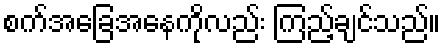
စက်အခြေအနေကိုလည်း ကြည့်ချင်သည်။